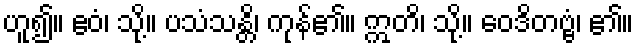
ဟူ၍။ ဧဝံ၊ သို့။ ပသံသန္တိ၊ ကုန်၏။ ဣတိ၊ သို့။ ဝေဒိတဗ္ဗံ၊ ၏။